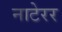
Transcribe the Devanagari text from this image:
नाटेरर